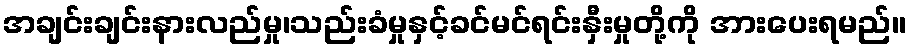
အချင်းချင်းနားလည်မှု၊သည်းခံမှုနှင့်ခင်မင်ရင်းနှီးမှုတို့ကို အားပေးရမည်။